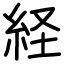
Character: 経